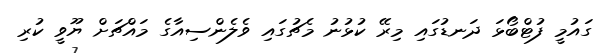
ގައުމީ ފުޓްބޯޅަ ދަނޑުގައި މިރޭ ކުޅުނު މެޗުގައި ވެލެންސިއާގެ މައްޗަށް ޔޫވީ ކުރި